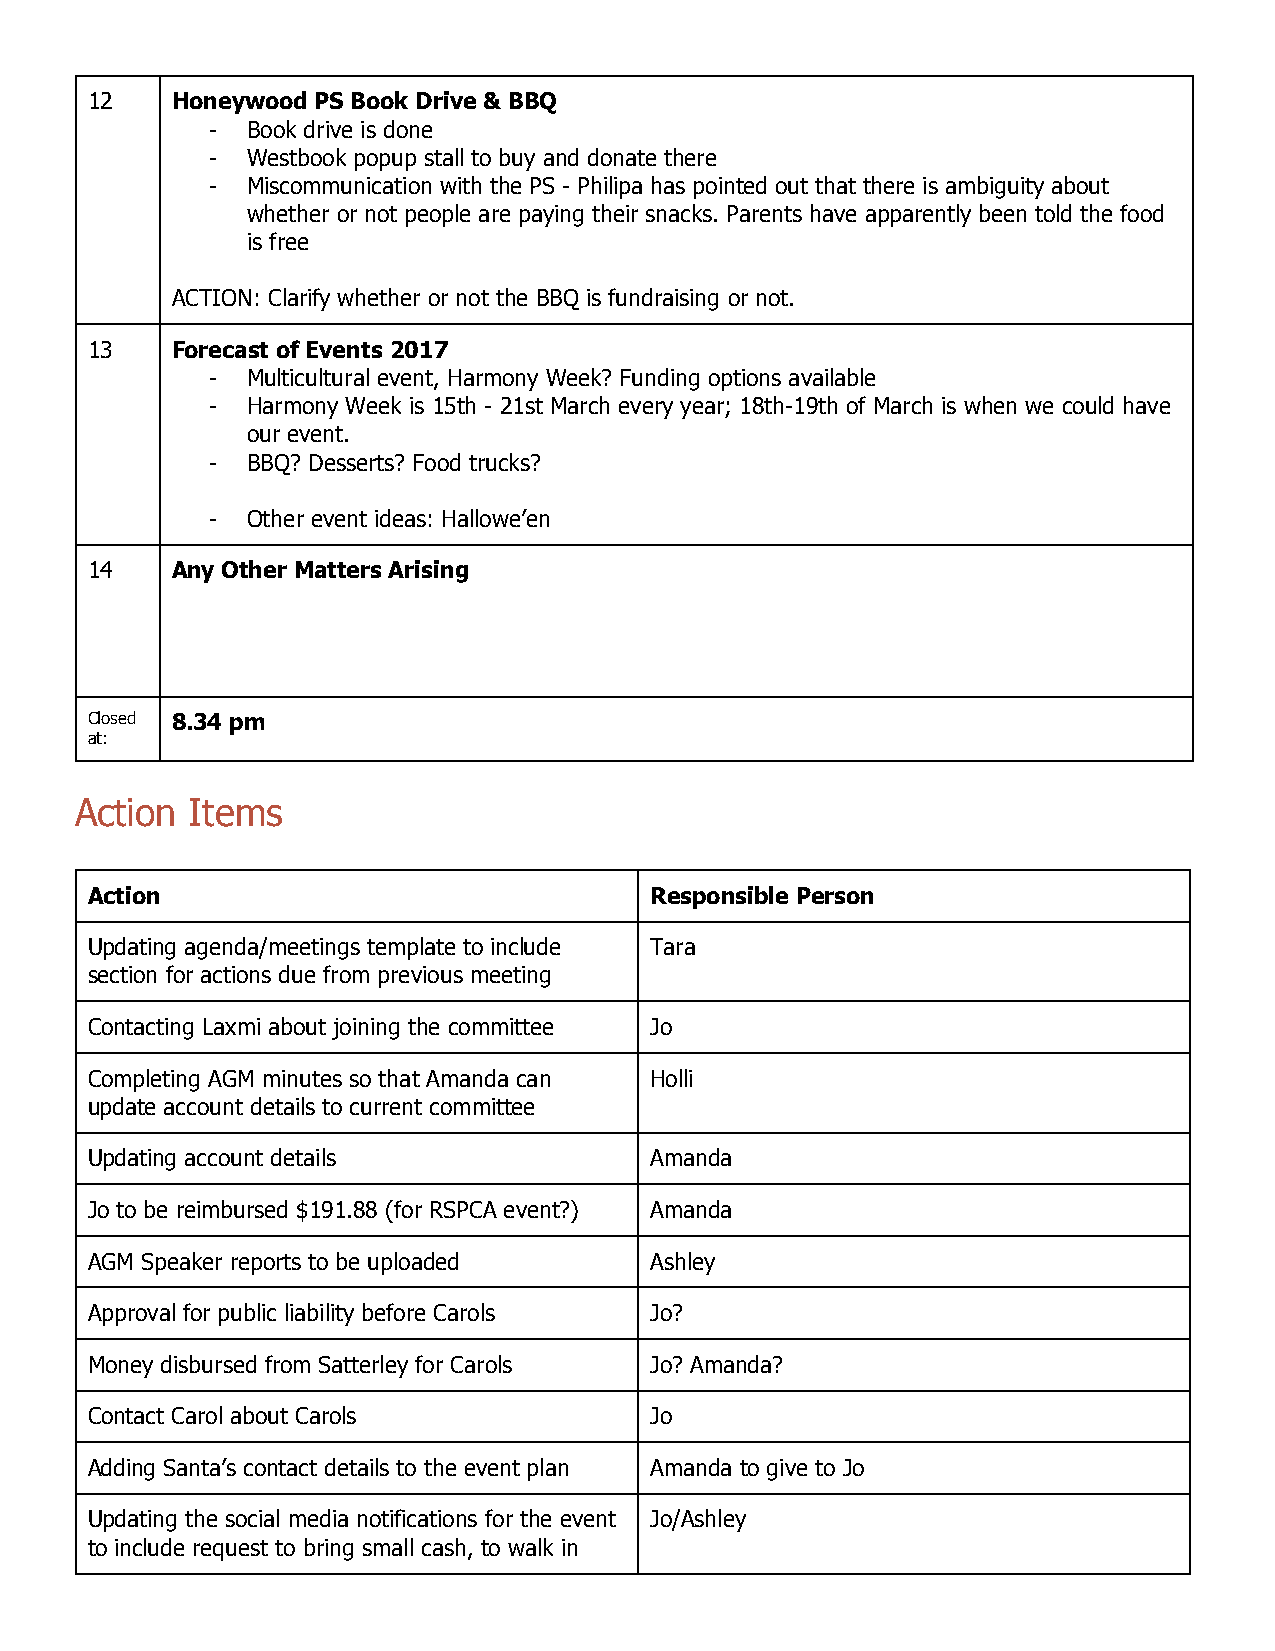
12   Honeywood PS Book Drive & BBQ
 - Book drive is done
 - Westbook popup stall to buy and donate there
 - Miscommunication with the PS - Philipa has pointed out that there is ambiguity about
 whether or not people are paying their snacks. Parents have apparently been told the food
 is free
 ACTION: Clarify whether or not the BBQ is fundraising or not.
 13   Forecast of Events 2017
 - Multicultural event, Harmony Week? Funding options available
 - Harmony Week is 15th - 21st March every year; 18th-19th of March is when we could have
 our event.
 - BBQ? Desserts? Food trucks?
 - Other event ideas: Hallowe’en
 14   Any Other Matters Arising
 Closed 8.34 pm
 at:
 Action  Items
 Action                               Responsible Person
 Updating agenda/meetings template to include Tara
 section for actions due from previous meeting
 Contacting Laxmi about joining the committee Jo
 Completing AGM minutes so that Amanda can Holli
 update account details to current committee
 Updating account details             Amanda
 Jo to be reimbursed $191.88 (for RSPCA event?) Amanda
 AGM Speaker reports to be uploaded   Ashley
 Approval for public liability before Carols Jo?
 Money disbursed from Satterley for Carols Jo? Amanda?
 Contact Carol about Carols           Jo
 Adding Santa’s contact details to the event plan Amanda to give to Jo
 Updating the social media notifications for the event Jo/Ashley
 to include request to bring small cash, to walk in